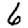
Digit: 6